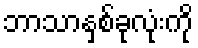
ဘာသာနှစ်ခုလုံးကို